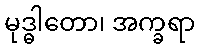
မုဒ္ဓါတော၊ အက္ခရာ